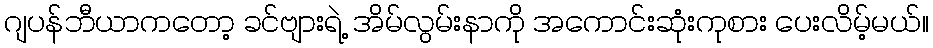
ဂျပန်ဘီယာကတော့ ခင်ဗျားရဲ့ အိမ်လွမ်းနာကို အကောင်းဆုံးကုစား ပေးလိမ့်မယ်။